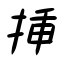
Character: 挿